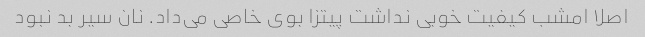
اصلا امشب کیفیت خوبی نداشت پیتزا بوی خاصی می‌داد. نان سیر بد نبود